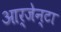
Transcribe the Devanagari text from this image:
आर्जेन्टा